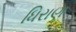
ધિરાણ